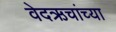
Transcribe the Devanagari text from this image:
वेदऋचांच्या